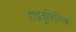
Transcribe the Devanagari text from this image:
हाइड्रफिलिक